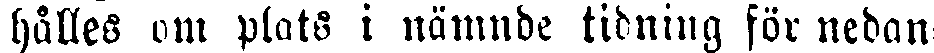
hålles om plats i nämnde tidning för nedan-